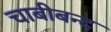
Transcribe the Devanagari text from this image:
चाबीबन्द